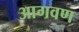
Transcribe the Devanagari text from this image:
आगवण